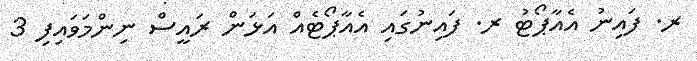
ރ. ފައިނު އެއާޕޯޓު ރ. ފައިނުގައި އެއާޕޯޓެއް އަޅަން ރައީސް ނިންމަވައިފި 3